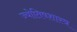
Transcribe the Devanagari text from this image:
ज्याेतिषशास्त्र